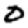
Digit: 0